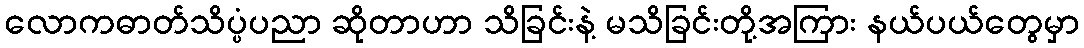
လောကဓာတ်သိပ္ပံပညာ ဆိုတာဟာ သိခြင်းနဲ့ မသိခြင်းတို့အကြား နယ်ပယ်တွေမှာ